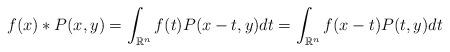
LaTeX: \begin{align*}f(x)*P(x,y)=\int_{\mathbb{R}^n}f(t)P(x-t,y)dt=\int_{\mathbb{R}^n}f(x-t)P(t,y)dt\end{align*}